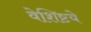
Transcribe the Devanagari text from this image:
वेशिष्टये